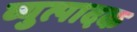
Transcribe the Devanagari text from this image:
व्युत्पादक